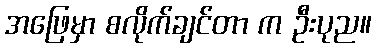
အဖြေမှာ စလိုက်ချင်တာ က ဦးပုည။